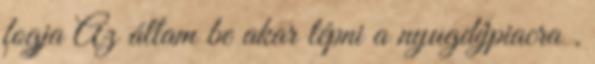
fogja Az állam be akar lépni a nyugdíjpiacra .